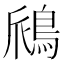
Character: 𫚺